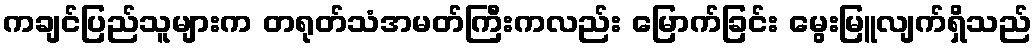
ကချင်ပြည်သူများက တရုတ်သံအမတ်ကြီးကလည်း မြောက်ခြင်း မွေးမြူလျက်ရှိသည်